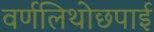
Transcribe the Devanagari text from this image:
वर्णलिथोछपाई